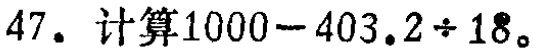
47. 计算\(1000 - 403.2\div18\)。